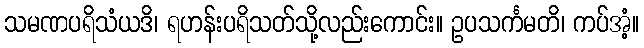
သမဏပရိသံယဒိ၊ ရဟန်းပရိသတ်သို့လည်းကောင်း။ ဥပသင်္ကမတိ၊ ကပ်အံ့။